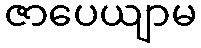
ဇာပေယျာမ